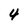
Character: 4